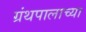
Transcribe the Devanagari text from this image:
ग्रंथपालाच्या